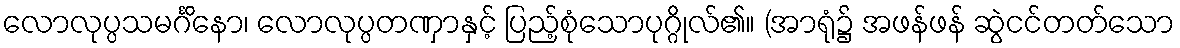
လောလုပ္ပသမင်္ဂိနော၊ လောလုပ္ပတဏှာနှင့် ပြည့်စုံသောပုဂ္ဂိုလ်၏။ (အာရုံ၌ အဖန်ဖန် ဆွဲငင်တတ်သော